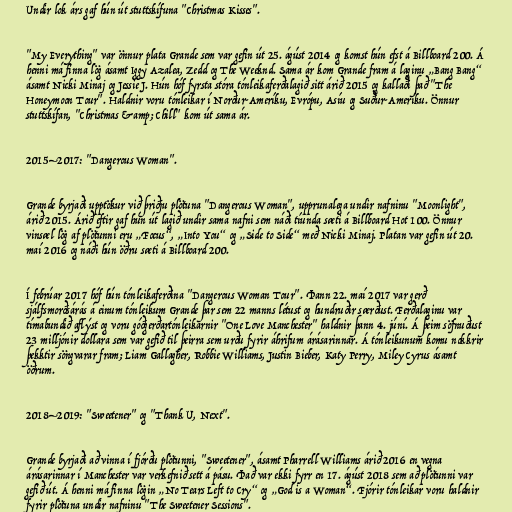
Undir lok árs gaf hún út stuttskífuna "Christmas Kisses".

"My Everything" var önnur plata Grande sem var gefin út 25. ágúst 2014 og komst hún efst á Billboard 200. Á
henni má finna lög ásamt Iggy Azalea, Zedd og The Weeknd. Sama ár kom Grande fram á laginu „Bang Bang“
ásamt Nicki Minaj og Jessie J. Hún hóf fyrsta stóra tónleikaferðalagið sitt árið 2015 og kallaði það "The
Honeymoon Tour". Haldnir voru tónleikar í Norður-Ameríku, Evrópu, Asíu og Suður-Ameríku. Önnur
stuttskífan, "Christmas &amp; Chill" kom út sama ár.

2015–2017: "Dangerous Woman".

Grande byrjaði upptökur við þriðju plötuna "Dangerous Woman", upprunalega undir nafninu "Moonlight",
árið 2015. Árið eftir gaf hún út lagið undir sama nafni sem náði tíunda sæti á Billboard Hot 100. Önnur
vinsæl lög af plötunni eru „Focus“, „Into You“ og „Side to Side“ með Nicki Minaj. Platan var gefin út 20.
maí 2016 og náði hún öðru sæti á Billboard 200.

Í febrúar 2017 hóf hún tónleikaferðina "Dangerous Woman Tour". Þann 22. maí 2017 var gerð
sjálfsmorðsárás á einum tónleikum Grande þar sem 22 manns létust og hundruðir særðust. Ferðalaginu var
tímabundið aflýst og voru góðgerðartónleikarnir "One Love Manchester" haldnir þann 4. júní. Á þeim söfnuðust
23 milljónir dollara sem var gefið til þeirra sem urðu fyrir áhrifum árásarinnar. Á tónleikunum komu nokkrir
þekktir söngvarar fram; Liam Gallagher, Robbie Williams, Justin Bieber, Katy Perry, Miley Cyrus ásamt
öðrum.

2018–2019: "Sweetener" og "Thank U, Next".

Grande byrjaði að vinna í fjórðu plötunni, "Sweetener", ásamt Pharrell Williams árið 2016 en vegna
árásarinnar í Manchester var verkefnið sett á pásu. Það var ekki fyrr en 17. ágúst 2018 sem að plötunni var
gefið út. Á henni má finna lögin „No Tears Left to Cry“ og „God is a Woman“. Fjórir tónleikar voru haldnir
fyrir plötuna undir nafninu "The Sweetener Sessions".